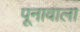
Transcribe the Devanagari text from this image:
पूनावाला